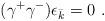
LaTeX: \begin{align*}(\gamma^+ \gamma^-) \epsilon_{\bar k} =0 \ .\end{align*}